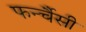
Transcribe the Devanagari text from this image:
फर्न्चैसी